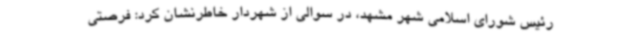
رئیس شورای اسلامی شهر مشهد، در سوالی از شهردار خاطرنشان کرد: فرصتی